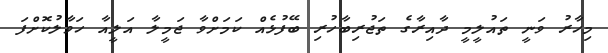
މިހާރު ވަނީ ތައުލީމީ ދާއިރާގެ ތަޖުރިބާހުރި ބޭފުޅެއް ކަމަށްވާ ޖަމީލާ އަލީއާ ހަވާލުކޮށްފަ